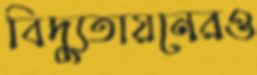
বিদ্যুতায়নেরও